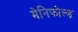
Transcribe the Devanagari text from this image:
मेनिफोल्ड